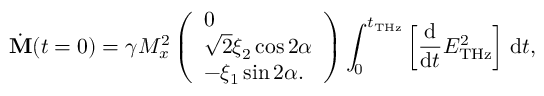
\dot { \mathbf { M } } ( t = 0 ) = \gamma M _ { x } ^ { 2 } \left( \begin{array} { l } { 0 } \\ { \sqrt { 2 } \xi _ { 2 } \cos 2 \alpha } \\ { - \xi _ { 1 } \sin 2 \alpha . } \end{array} \right) \int _ { 0 } ^ { t _ { \mathrm { T H z } } } \left[ \frac { \mathrm { d } } { \mathrm { d } t } E _ { \mathrm { T H z } } ^ { 2 } \right] \, \mathrm { d } t ,